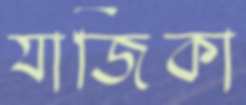
যাজিকা